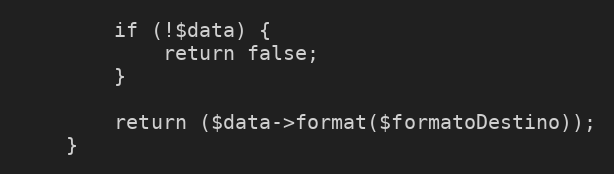
Language: PHP
        if (!$data) {
            return false;
        }

        return ($data->format($formatoDestino));
    }